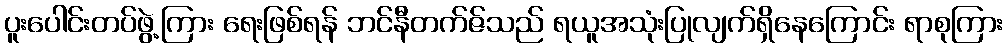
ပူးပေါင်းတပ်ဖွဲ့ကြား ရေးဖြစ်ရန် ဘင်နီတက်ဇ်သည် ရယူအသုံးပြုလျက်ရှိနေကြောင်း ရာစုကြား